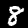
Label: 8